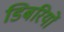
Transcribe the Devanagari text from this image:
डिबरियों